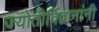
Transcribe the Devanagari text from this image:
ज्योतीर्विद्वानांनी